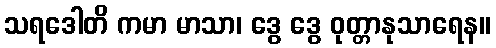
သရဒေါတိ ကမာ မာသာ၊ ဒွေ ဒွေ ဝုတ္တာနုသာရေန။